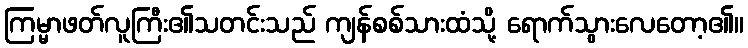
ကြမ္မာဖတ်လူကြီး၏သတင်းသည် ကျန်စစ်သားထံသို့ ရောက်သွားလေတော့၏။